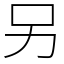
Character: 另